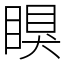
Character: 瞁